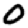
Digit: 0